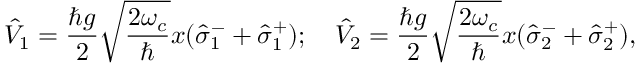
\hat { V } _ { 1 } = \frac { \hbar g } { 2 } \sqrt { \frac { 2 \omega _ { c } } { \hbar } } x ( \hat { \sigma } _ { 1 } ^ { - } + \hat { \sigma } _ { 1 } ^ { + } ) ; \quad \hat { V } _ { 2 } = \frac { \hbar g } { 2 } \sqrt { \frac { 2 \omega _ { c } } { \hbar } } x ( \hat { \sigma } _ { 2 } ^ { - } + \hat { \sigma } _ { 2 } ^ { + } ) ,